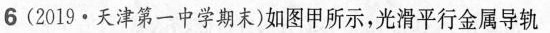
6(2019·天津第一中学期末)如图甲所示，光滑平行金属导轨